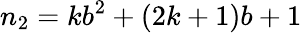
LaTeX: n_{2}=kb^{2}+(2k+1)b+1